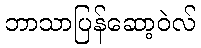
ဘာသာပြန်ဆော့ဝဲလ်